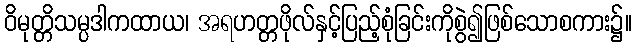
ဝိမုတ္တိသမ္ပဒါကထာယ၊ အရဟတ္တဖိုလ်နှင့်ပြည့်စုံခြင်းကိုစွဲ၍ဖြစ်သောစကား၌။